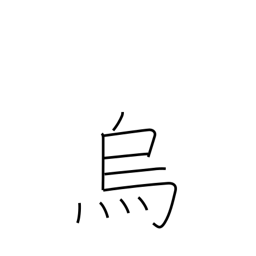
Meaning: raven